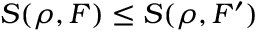
S ( \rho , F ) \le S ( \rho , F ^ { \prime } )